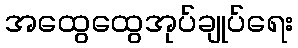
အထွေထွေအုပ်ချုပ်ရေး